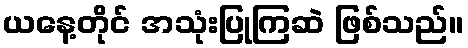
ယနေ့တိုင် အသုံးပြုကြဆဲ ဖြစ်သည်။